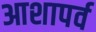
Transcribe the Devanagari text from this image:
आशापर्व